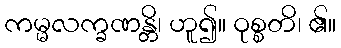
ကမ္မလက္ခဏန္တိ၊ ဟူ၍။ ဝုစ္စတိ၊ ၏။